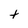
Character: t